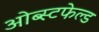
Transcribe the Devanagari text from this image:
ओब्स्टफेल्ड